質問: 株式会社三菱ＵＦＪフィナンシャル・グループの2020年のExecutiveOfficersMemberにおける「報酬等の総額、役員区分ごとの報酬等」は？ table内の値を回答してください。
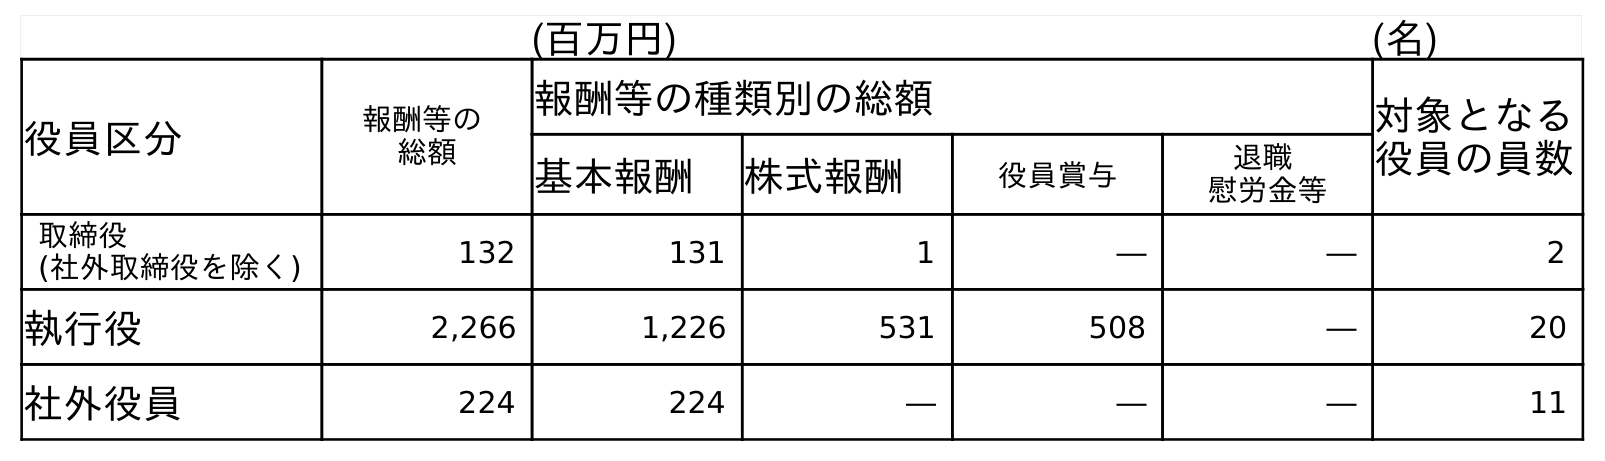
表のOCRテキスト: (百万円) (名) 役員区分 報酬等の 総額 報酬等の種類別の総額 対象となる 役員の員数 基本報酬 株式報酬 役員賞与 退職 慰労金等 取締役 (社外取締役を除く) 132 131 1 ― ― 2 執行役 2,266 1,226 531 508 ― 20 社外役員 224 224 ― ― ― 11
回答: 2,266